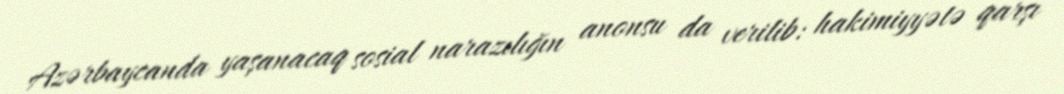
Azərbaycanda yaşanacaq sosial narazılığın anonsu da verilib: hakimiyyətə qarşı